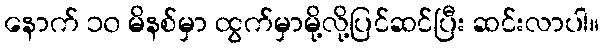
နောက် ၁၀ မိနစ်မှာ ထွက်မှာမို့လို့ပြင်ဆင်ပြီး ဆင်းလာပါ။